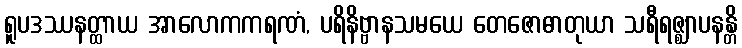
ရူပဒဿနတ္ထာယ အာလောကကရဏံ, ပရိနိဗ္ဗာနသမယေ တေဇောဓာတုယာ သရီရဇ္ဈာပနန္တိ